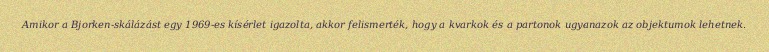
Amikor a Bjorken-skálázást egy 1969-es kísérlet igazolta, akkor felismerték, hogy a kvarkok és a partonok ugyanazok az objektumok lehetnek.